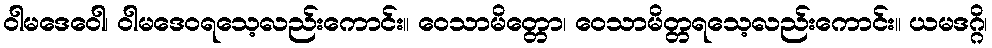
ဝါမဒေဝေါ၊ ဝါမဒေဝရသေ့လည်းကောင်း။ ဝေသာမိတ္တော၊ ဝေသာမိတ္တရသေ့လည်းကောင်း။ ယမဒဂ္ဂိ၊